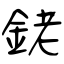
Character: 銠